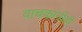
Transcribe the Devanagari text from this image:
वाचकांनीही